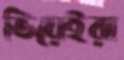
ভিয়েইরা